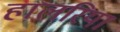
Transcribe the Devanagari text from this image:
हालरिया